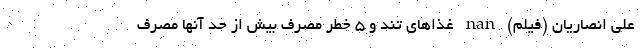
علی انصاریان (فیلم) nan غذاهای تند و 5 خطر مصرف بیش از حد آنها مصرف